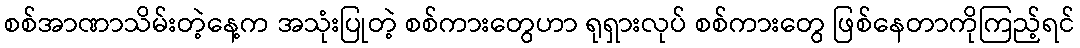
စစ်အာဏာသိမ်းတဲ့နေ့က အသုံးပြုတဲ့ စစ်ကားတွေဟာ ရုရှားလုပ် စစ်ကားတွေ ဖြစ်နေတာကိုကြည့်ရင်